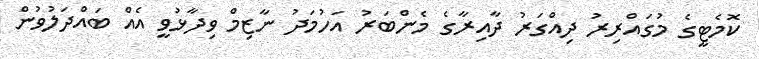
ކޮމެޓީގެ މުގައްރިރު ދިއްގަރު ދާއިރާގެ މެންބަރު އަހުމަދު ނާޒިމް ވިދާޅުވީ އެއް ބައްދަލުވުން